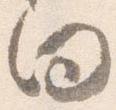
向